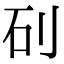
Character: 矵